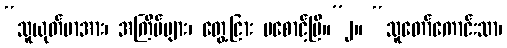
“သူယုတ်မာအား၊ အကြိမ်များ၊ တွေ့ငြား မစောင့်ပြီ။”၂။ “သူတော်ကောင်းသာ၊